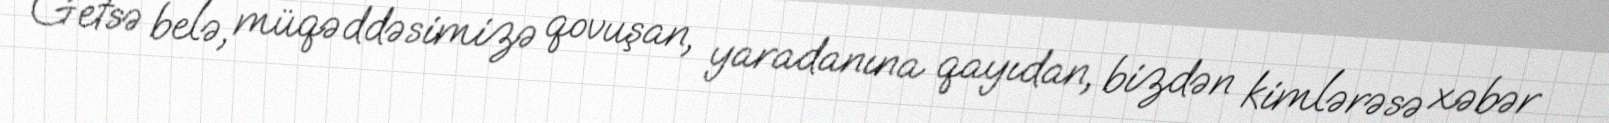
Getsə belə, müqəddəsimizə qovuşan, yaradanına qayıdan, bizdən kimlərəsə xəbər